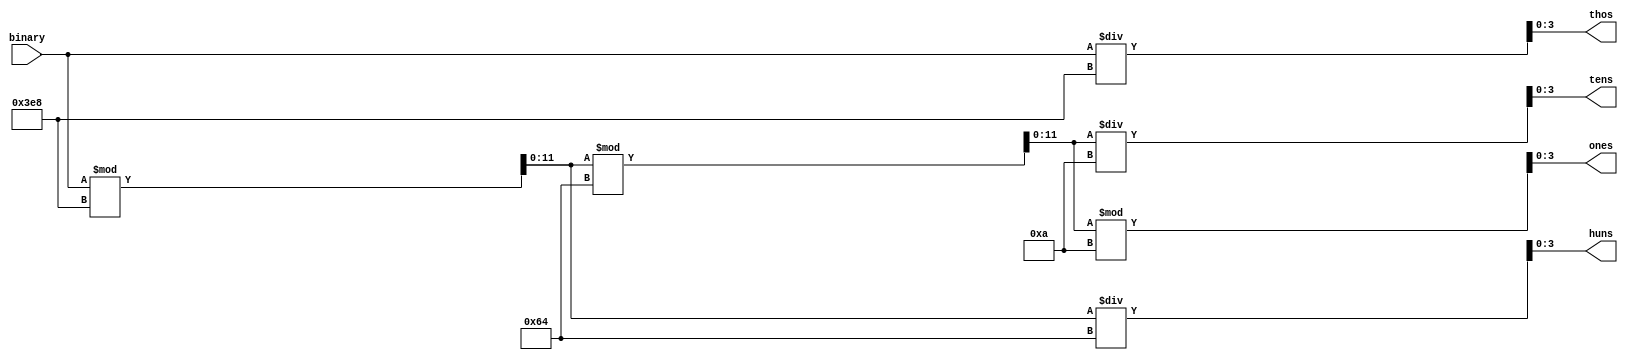
`timescale 1ns / 1ps
//////////////////////////////////////////////////////////////////////////////////
// Company: 
// Engineer: 
// 
// Design Name: 
// Module Name: binarytoBCD
// Project Name: 
// Target Devices: 
// Tool Versions: 
// Description: 
// 
// Dependencies: 
// 
// Revision:
// Revision 0.01 - File Created
// Additional Comments:
// 
//////////////////////////////////////////////////////////////////////////////////


module binarytoBCD(
    input [11:0] binary, //12 bit input data that comes in
    output reg [3:0] thos,  //output thousands
    output reg [3:0] huns,  //hundreds
    output reg [3:0] tens,  //tens
    output reg [3:0] ones   //ones
    );
    
    reg[11:0] bcd_data=0;
    always@(binary)         //1250
    begin
    bcd_data=binary;    //1250
    thos=bcd_data/1000; //1250/1000=1
    bcd_data=bcd_data%1000; //1250%1000=250
    
    huns=bcd_data/100;  //250/100=2
    bcd_data=bcd_data%100; //250%100=50
    
    tens=bcd_data/10;   //50/10=5
    ones=bcd_data%10;   //50%10=0
    
    end
    
    
    
    
    
    
    
endmodule